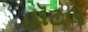
હૉટલ